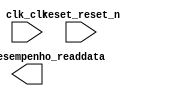

module SistemaEmbarcado (
	clk_clk,
	medidordesempenho_readdata,
	reset_reset_n);	

	input		clk_clk;
	output	[31:0]	medidordesempenho_readdata;
	input		reset_reset_n;
endmodule